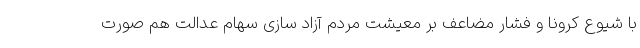
با شیوع کرونا و فشار مضاعف بر معیشت مردم آزاد سازی سهام عدالت هم صورت